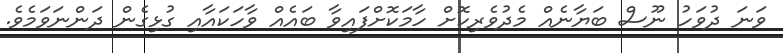
ވަނަ ދުވަހު ނޫސް ބަޔާނެއް މެދުވެރިކޮށް ހާމަކޮށްފައިވާ ބައެއް ވާހަކައާއި ގުޅިގެން ދަންނަވަމެވެ.